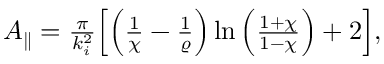
\begin{array} { r } { A _ { \parallel } = \frac { \pi } { k _ { i } ^ { 2 } } \Big [ \Big ( \frac { 1 } { \chi } - \frac { 1 } { \varrho } \Big ) \ln \Big ( \frac { 1 + \chi } { 1 - \chi } \Big ) + 2 \Big ] , } \end{array}